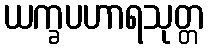
ယက္ခပဟာရသုတ္တ